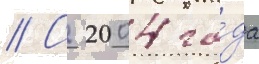
// С 2004 го́да